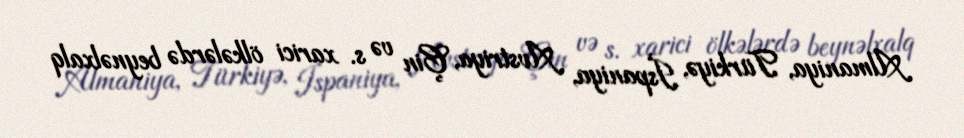
Almaniya, Türkiyə, İspaniya, Avstriya, Çin və s. xarici ölkələrdə beynəlxalq